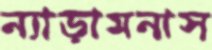
ন্যাড়ামনাস